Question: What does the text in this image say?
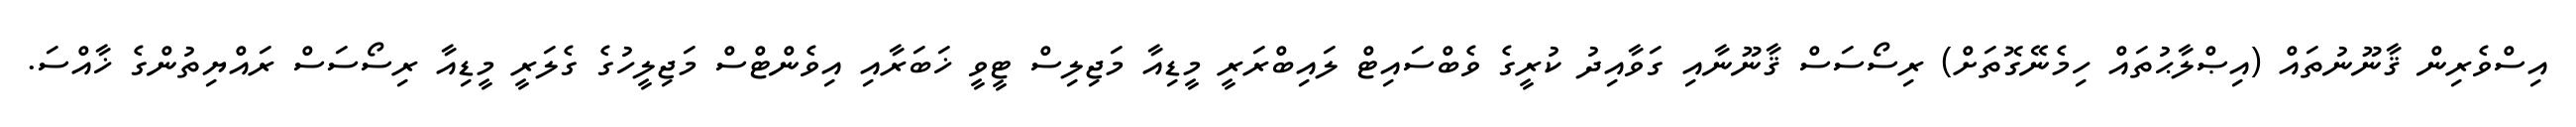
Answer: އިސްވެރިން ޤާނޫނުތައް (އިޞްލާޙުތައް ހިމެނޭގޮތަށް) ރިސޯސަސް ޤާނޫނާއި ގަވާއިދު ކުރީގެ ވެބްސައިޓް ލައިބްރަރީ މީޑިއާ މަޖިލިސް ޓީވީ ޚަބަރާއި އިވެންޓްސް މަޖިލީހުގެ ގެލަރީ މީޑިއާ ރިސޯސަސް ރައްޔިތުންގެ ޚާއްސަ.